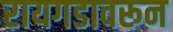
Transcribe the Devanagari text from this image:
रायगडावरून